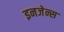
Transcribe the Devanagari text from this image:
इनजेन्स